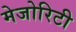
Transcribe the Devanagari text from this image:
मेजोरिटी